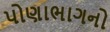
પોણાભાગનો